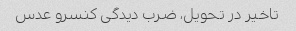
تاخیر در تحویل، ضرب دیدگی کنسرو عدس